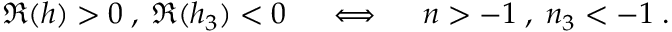
\Re ( h ) > 0 \; , \; \Re ( h _ { 3 } ) < 0 \quad \iff \quad n > - 1 \; , \; n _ { 3 } < - 1 \; .